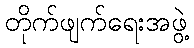
တိုက်ဖျက်ရေးအဖွဲ့